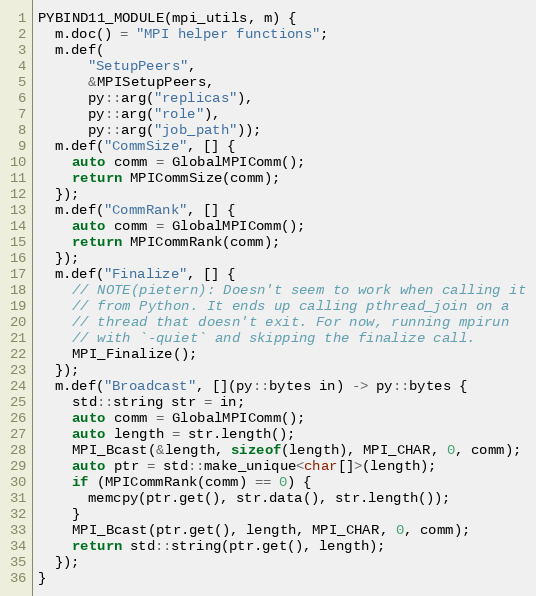
Language: C++
PYBIND11_MODULE(mpi_utils, m) {
  m.doc() = "MPI helper functions";
  m.def(
      "SetupPeers",
      &MPISetupPeers,
      py::arg("replicas"),
      py::arg("role"),
      py::arg("job_path"));
  m.def("CommSize", [] {
    auto comm = GlobalMPIComm();
    return MPICommSize(comm);
  });
  m.def("CommRank", [] {
    auto comm = GlobalMPIComm();
    return MPICommRank(comm);
  });
  m.def("Finalize", [] {
    // NOTE(pietern): Doesn't seem to work when calling it
    // from Python. It ends up calling pthread_join on a
    // thread that doesn't exit. For now, running mpirun
    // with `-quiet` and skipping the finalize call.
    MPI_Finalize();
  });
  m.def("Broadcast", [](py::bytes in) -> py::bytes {
    std::string str = in;
    auto comm = GlobalMPIComm();
    auto length = str.length();
    MPI_Bcast(&length, sizeof(length), MPI_CHAR, 0, comm);
    auto ptr = std::make_unique<char[]>(length);
    if (MPICommRank(comm) == 0) {
      memcpy(ptr.get(), str.data(), str.length());
    }
    MPI_Bcast(ptr.get(), length, MPI_CHAR, 0, comm);
    return std::string(ptr.get(), length);
  });
}